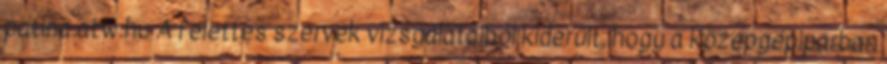
patina.atw.hu A felettes szervek vizsgálataiból kiderült, hogy a középgépiparban